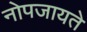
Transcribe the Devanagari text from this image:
नोपजायते